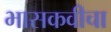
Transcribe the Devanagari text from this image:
भासकवीचा